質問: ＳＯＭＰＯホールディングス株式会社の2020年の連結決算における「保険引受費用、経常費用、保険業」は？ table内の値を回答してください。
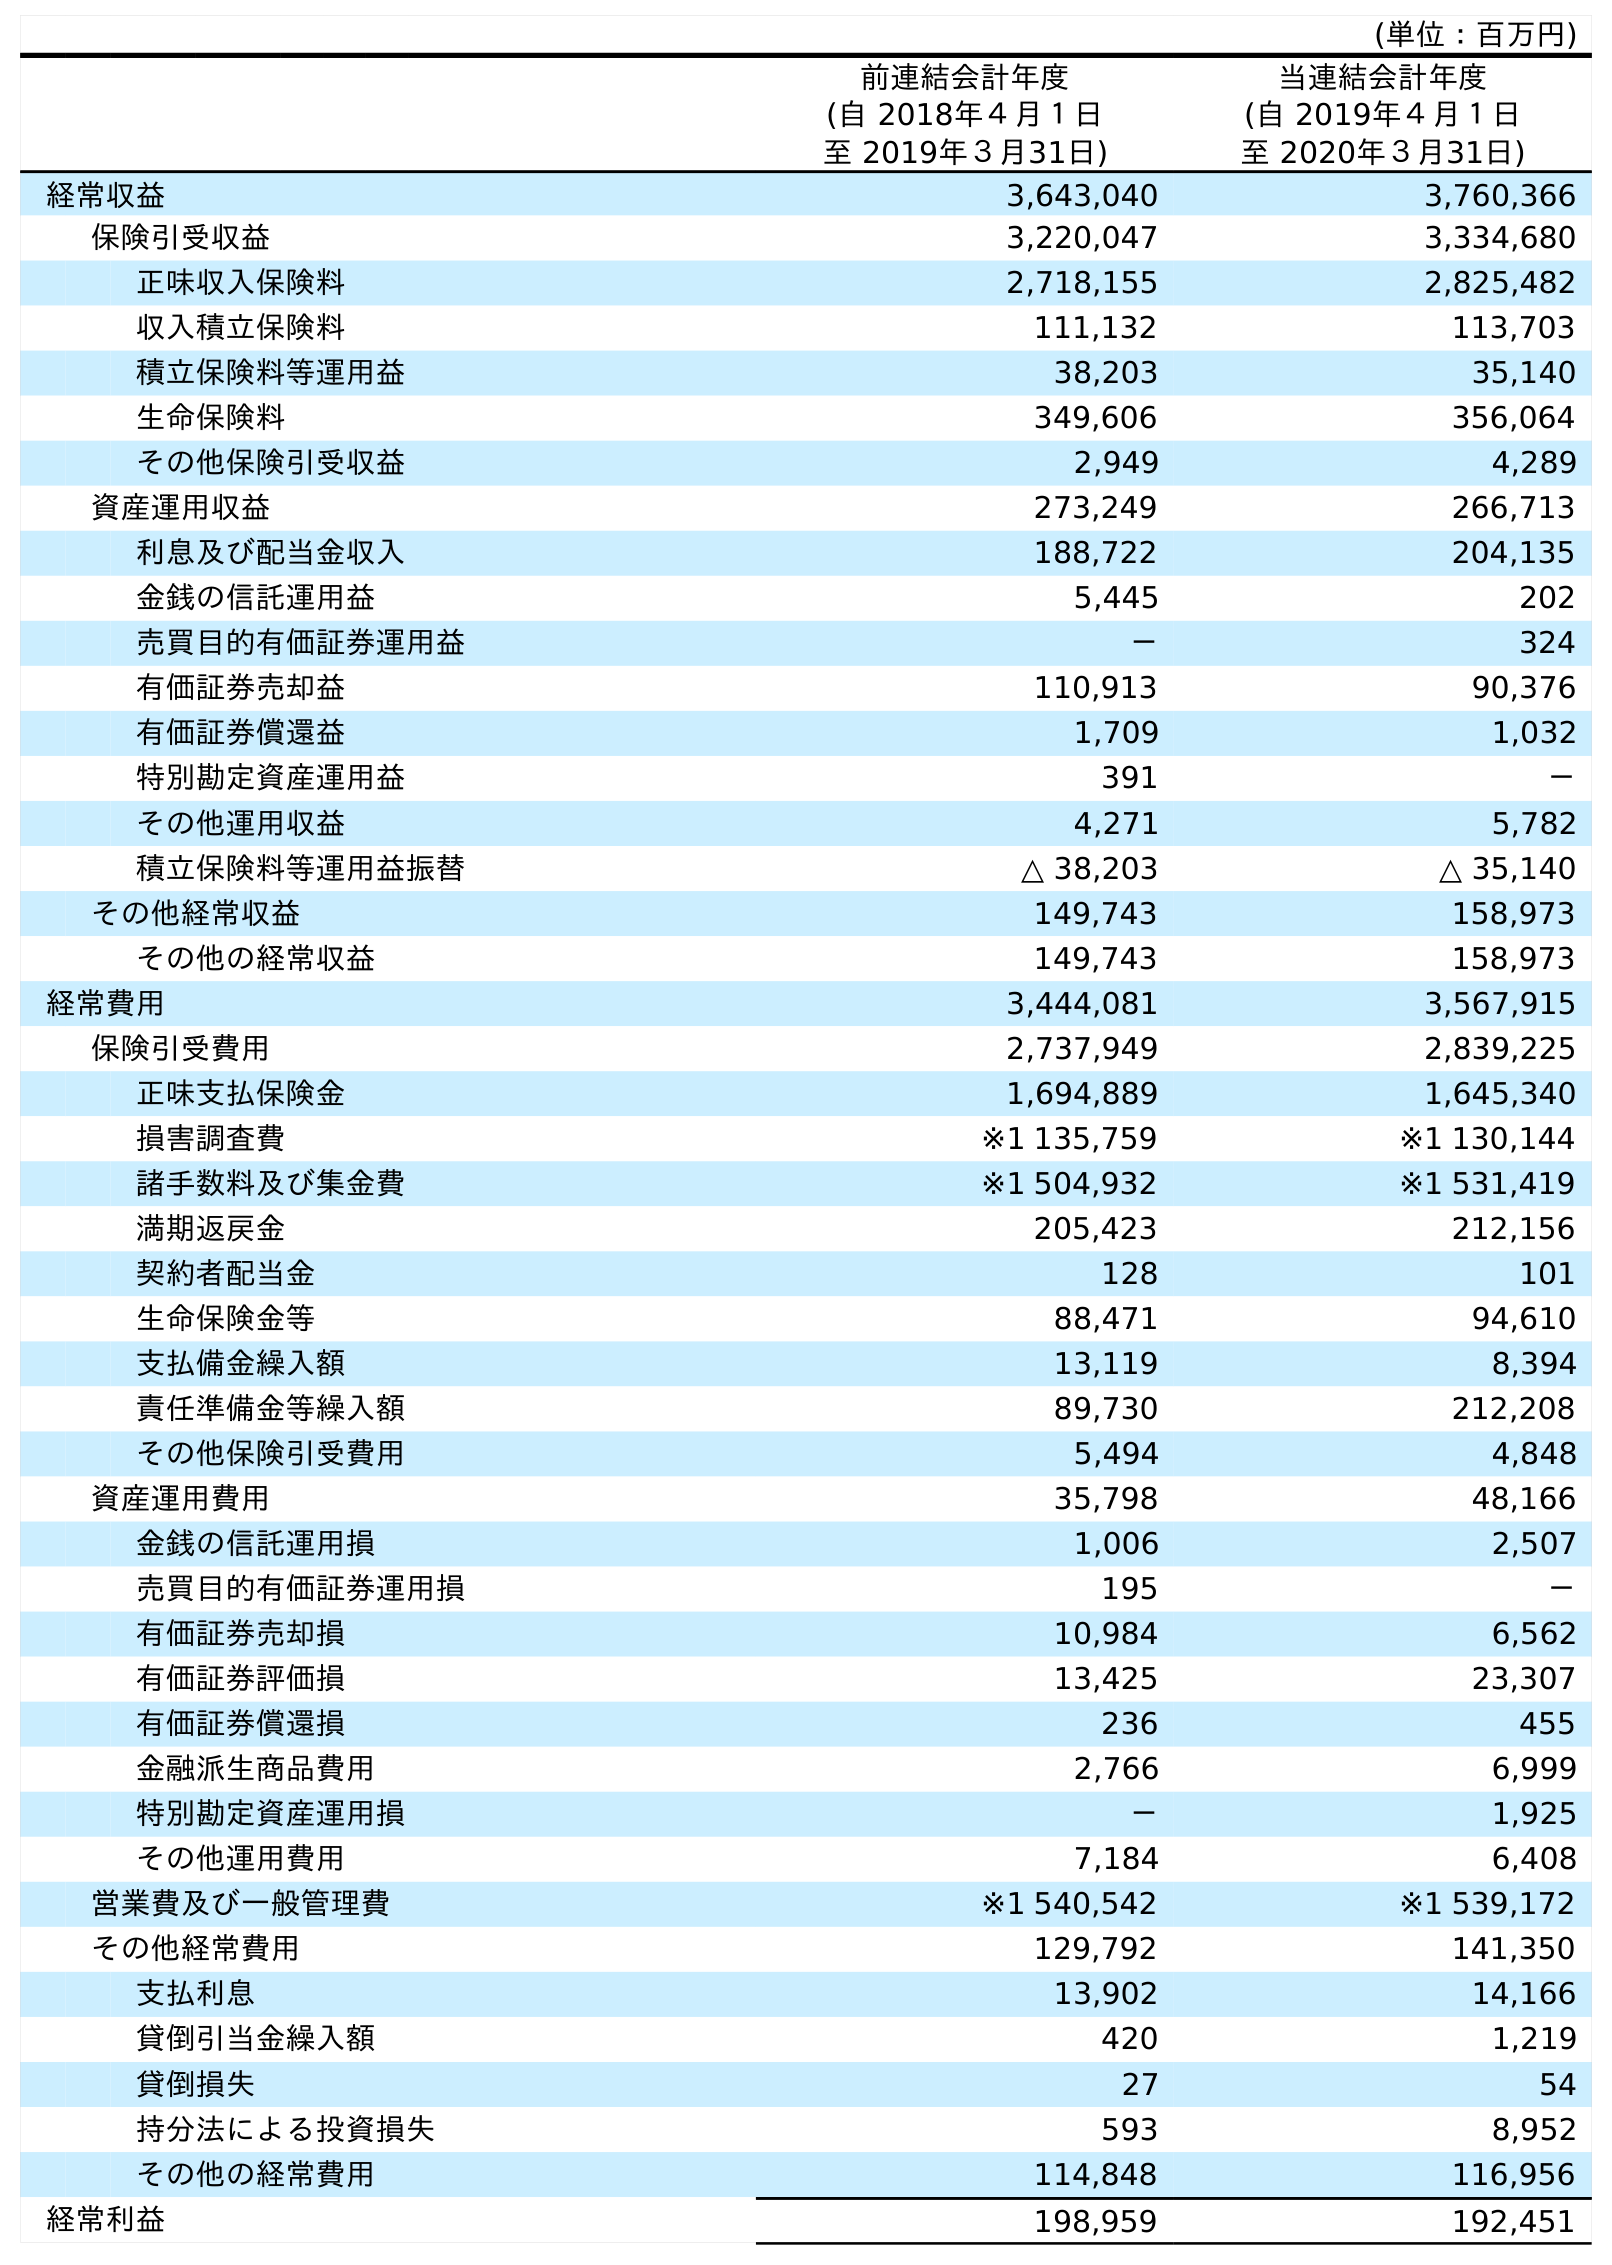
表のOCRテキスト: (単位：百万円) 前連結会計年度 (自 2018年４月１日 至 2019年３月31日) 当連結会計年度 (自 2019年４月１日 至 2020年３月31日) 経常収益 3,643,040 3,760,366 保険引受収益 3,220,047 3,334,680 正味収入保険料 2,718,155 2,825,482 収入積立保険料 111,132 113,703 積立保険料等運用益 38,203 35,140 生命保険料 349,606 356,064 その他保険引受収益 2,949 4,289 資産運用収益 273,249 266,713 利息及び配当金収入 188,722 204,135 金銭の信託運用益 5,445 202 売買目的有価証券運用益 － 324 有価証券売却益 110,913 90,376 有価証券償還益 1,709 1,032 特別勘定資産運用益 391 － その他運用収益 4,271 5,782 積立保険料等運用益振替 △ 38,203 △ 35,140 その他経常収益 149,743 158,973 その他の経常収益 149,743 158,973 経常費用 3,444,081 3,567,915 保険引受費用 2,737,949 2,839,225 正味支払保険金 1,694,889 1,645,340 損害調査費 ※1 135,759 ※1 130,144 諸手数料及び集金費 ※1 504,932 ※1 531,419 満期返戻金 205,423 212,156 契約者配当金 128 101 生命保険金等 88,471 94,610 支払備金繰入額 13,119 8,394 責任準備金等繰入額 89,730 212,208 その他保険引受費用 5,494 4,848 資産運用費用 35,798 48,166 金銭の信託運用損 1,006 2,507 売買目的有価証券運用損 195 － 有価証券売却損 10,984 6,562 有価証券評価損 13,425 23,307 有価証券償還損 236 455 金融派生商品費用 2,766 6,999 特別勘定資産運用損 － 1,925 その他運用費用 7,184 6,408 営業費及び一般管理費 ※1 540,542 ※1 539,172 その他経常費用 129,792 141,350 支払利息 13,902 14,166 貸倒引当金繰入額 420 1,219 貸倒損失 27 54 持分法による投資損失 593 8,952 その他の経常費用 114,848 116,956 経常利益 198,959 192,451
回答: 2,839,225